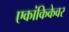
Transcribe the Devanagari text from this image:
एकांकिकेवर